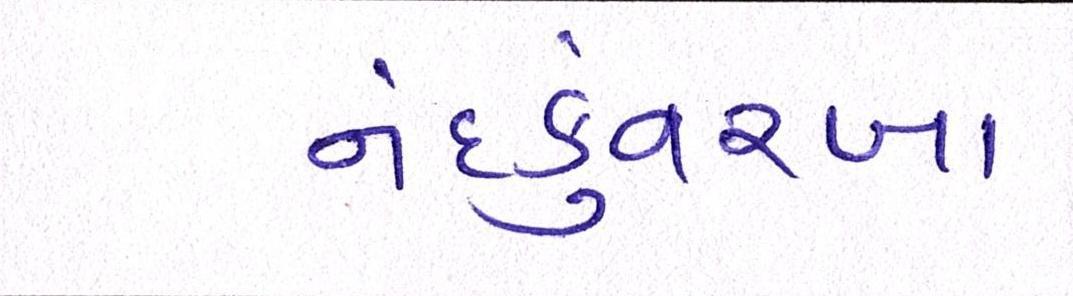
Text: નંદકુંવરબા